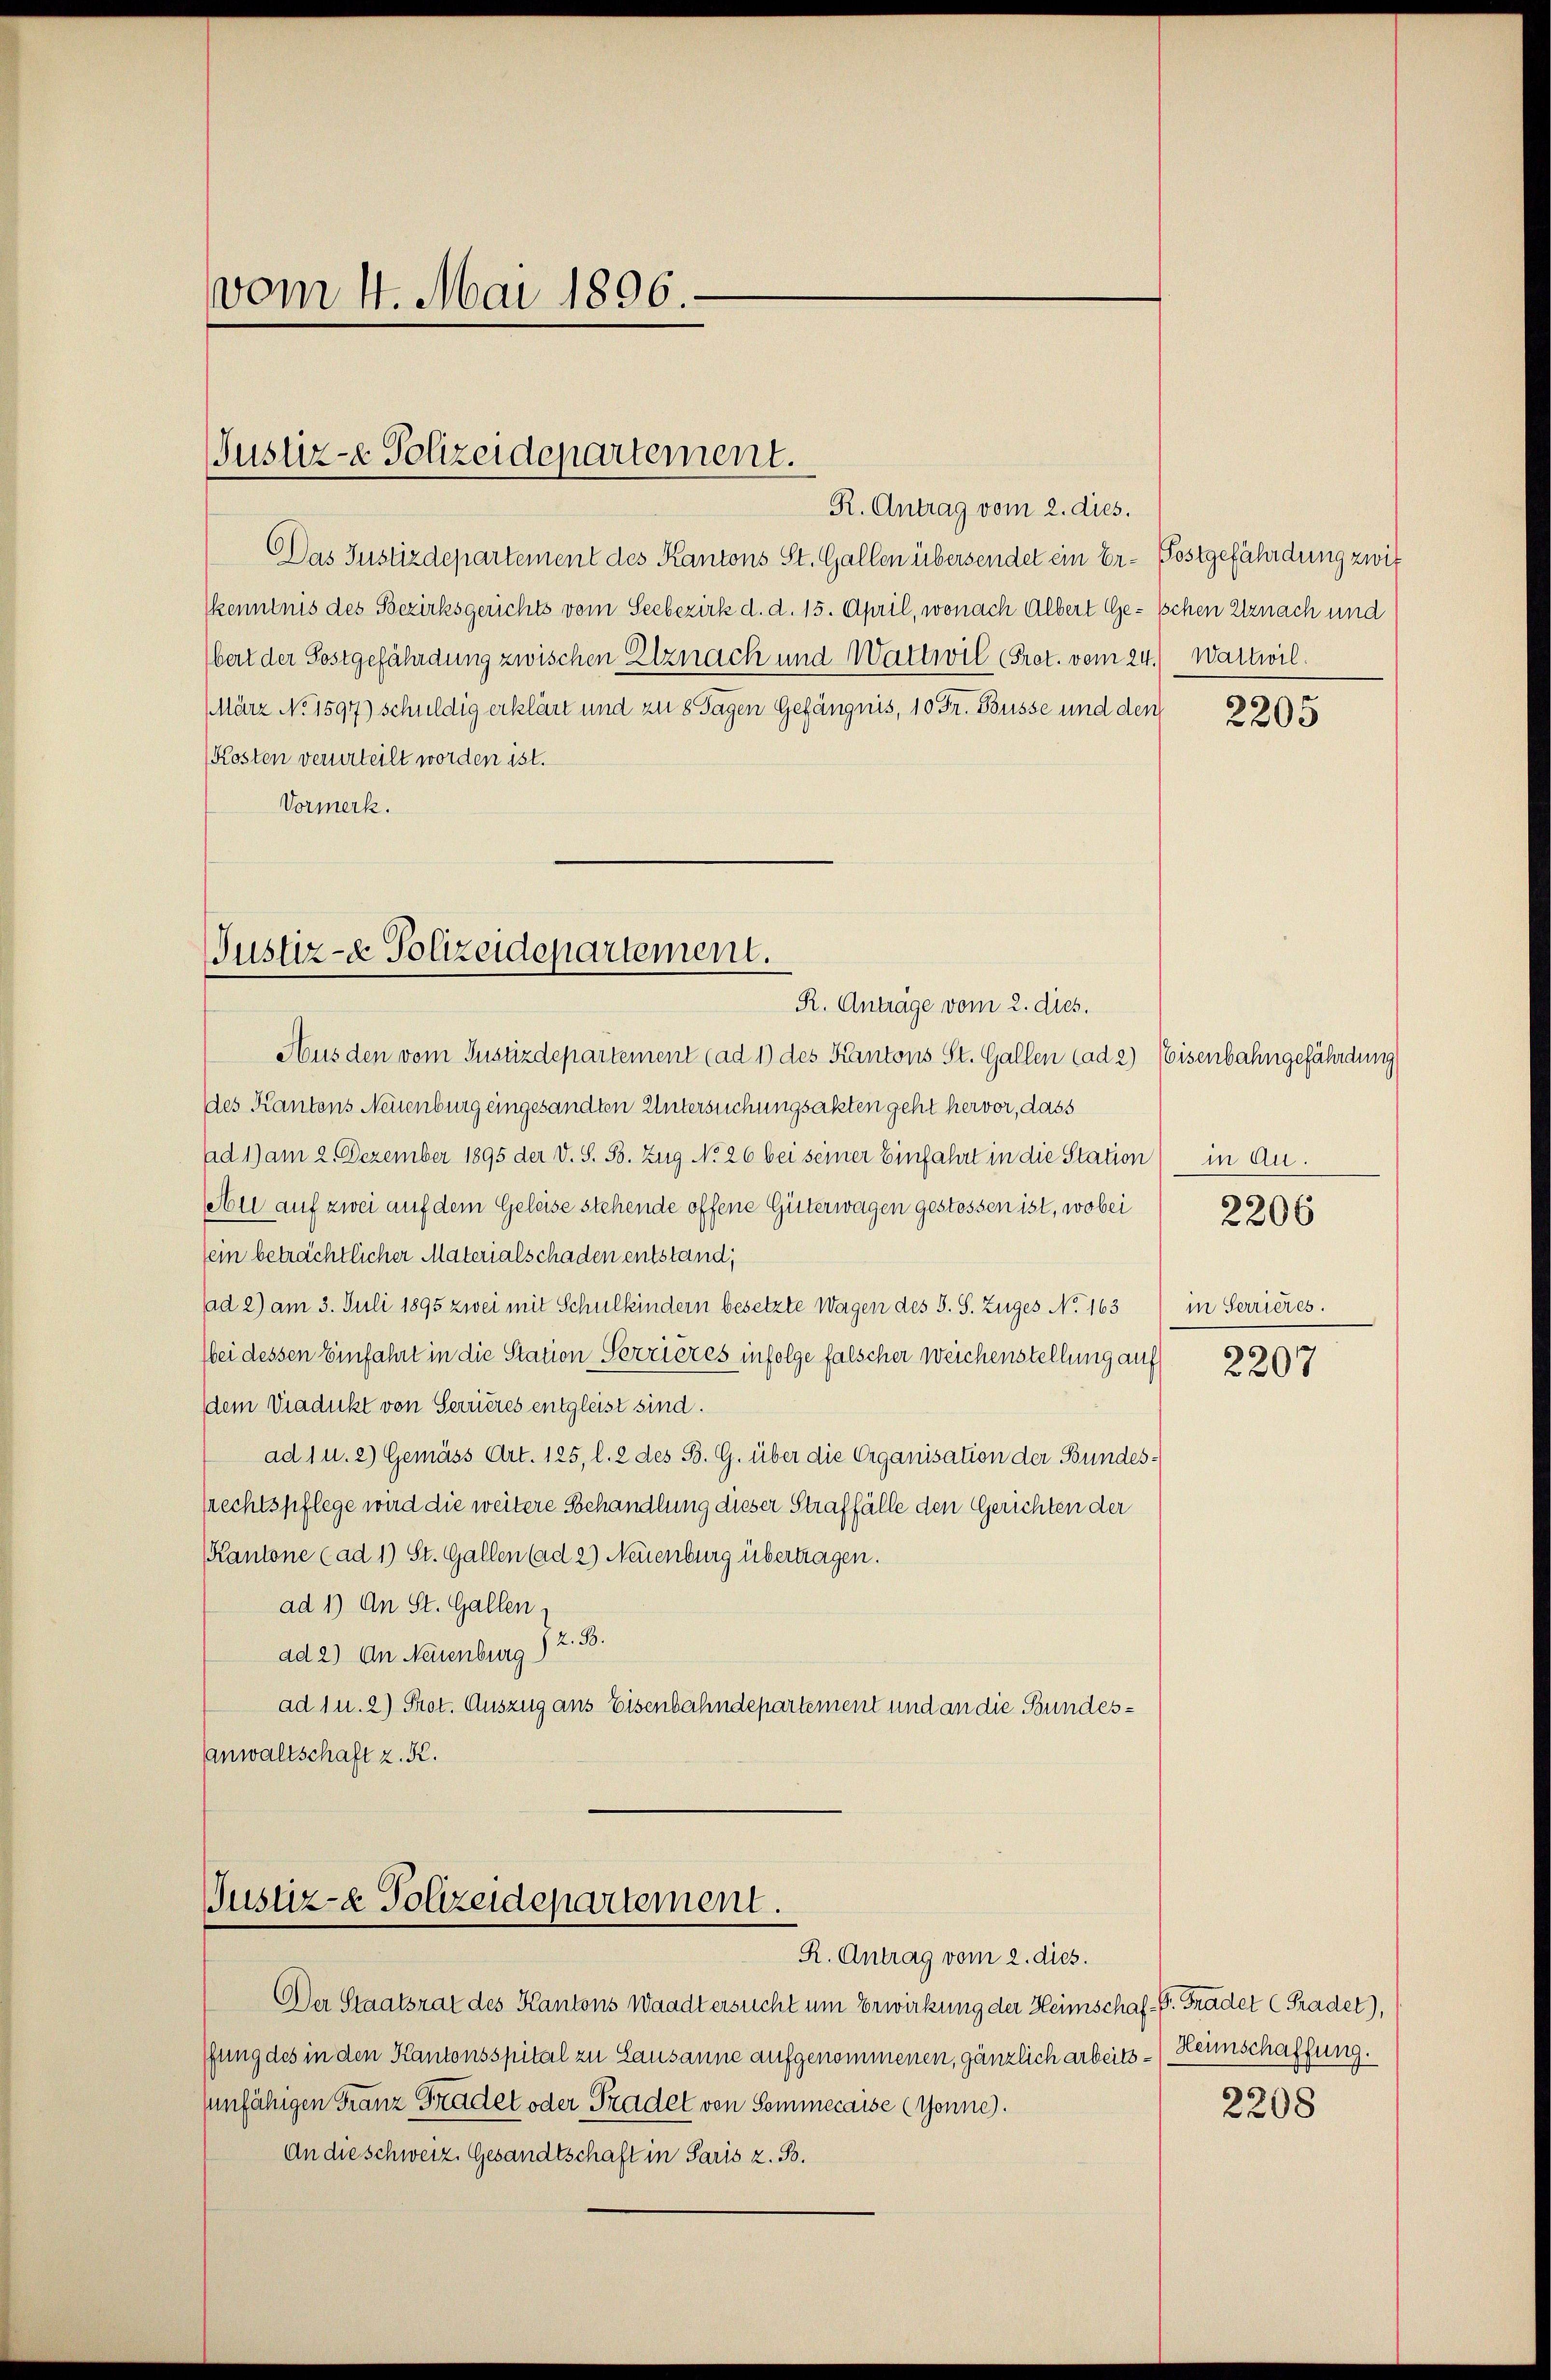
vom 4. Mai 1896.

Justiz-e Polizeidepartement.

R. Antrag vom 2. dies.
DDas Justizdepartement des Kantons St. Gallen übersendet ein Er-Postgefährdung zwis
kenntnis des Bezirksgerichts vom Seebezirk d. d. 15. April, wonach Albert Ge- Schen Utznach und
bert der Sostgefährdung zwischen Elznach und Wattivil (Prot. vom 24.) Wattwil
März No. 1597) schuldig erklärt und zu 8 Tagen Gefängnis, 10 Fr. Büsse und den
Kosten verurteilt worden ist.
Vormerk.

Justiz- & Polizeidepartement.
R. Anträge vom 2. dies.

Aus den vom Justizdepartement (ad 1) des Kantons St. Gallen (ad 2) Eisenbahngefährdung
des Kantons Neuenburg eingesandten Untersuchungsakten geht hervor, dass
ad 1) am 2. Dezember 1895 der V. S. B. Zug No. 26 bei seiner Einfahrt in die Station) in Auseben auf zwei auf dem Geleise stehende offene Güterwagen gestossen ist, wobei   2207
sein beträchtlicher Materialschaden entstand,
ad 2) am 3. Juli 1895 zwei mit Schulkindern besetzte Wagen des S. S. Zuges No 163
Wei dessen Einfahre in die Station Perrières infolge falscher Weichenstellung auf
dem Viadukt von Serieres entgleist sind.
ad 1 u. 2) Gemäss Art. 125, l. 2 des B. G. über die Organisation der Bundes-
prechtspflege wird die weitere Behandlung dieser Straffälle den Gerichten der
Kantone (ad 1) St. Gallen (ad 2) Neuenburg übertragen.
ad 1) An St. Gallen,
ad 2) An Neuenburg) Z. 36.
ad 1 u. 2) Prot. Auszug aus Eisenbahndepartement und an die Bundesanwaltschaft z. K.

Justiz- & Polizeidepartement.
R. Antrag vom 2. dies.

Der Staatsrat des Kantons Waadt ersucht um Erwirkung der Heimschaf-Pr. Gradet (Tradet),
ffung des in den Kantonsspital zu Lausanne aufgenommenen, gänzlich arbeits- / Heinschaffung.
unfähigen Franz Gradet oder Tradet von Semmecaise (Sonne.
An die schweiz. Gesandtschaft in Paris z. B.

2205

in Serrieres.

2207

2208